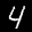
Label: 4